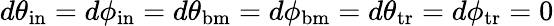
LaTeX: d\theta_{\mathrm{in}}=d\phi_{\mathrm{in}}=d\theta_{\mathrm{bm}}=d\phi_{\mathrm{bm}}=d\theta_{\mathrm{tr}}=d\phi_{\mathrm{tr}}=0